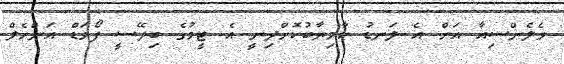
ވެލެންސިއާ އަށް އެ ލަނޑު ކާމިޔާބުކޮށްދިނީ އެ ޓީމުގެ ބިދޭސީ ފޯވަޑް އަންހެލް